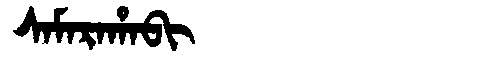
Manchu: ᠰᠠᠮᠠᡵᠠᡥᠠᠪᡳ
Romanization: SAMARAHABI